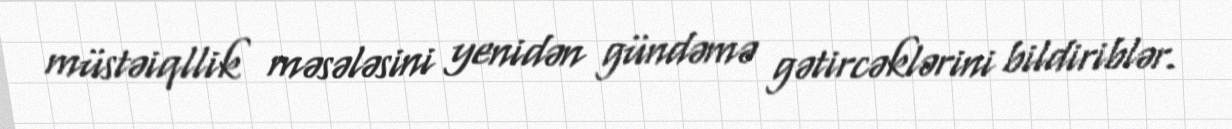
müstəiqllik məsələsini yenidən gündəmə gətircəklərini bildiriblər.